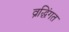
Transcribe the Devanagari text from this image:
व्रद्धिंगत